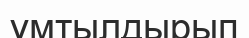
ұмтылдырып